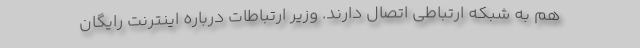
هم به شبکه ارتباطی اتصال دارند. وزیر ارتباطات درباره اینترنت رایگان